Medical and sanitary report on the native army of Bombay for the year
Year: 1877
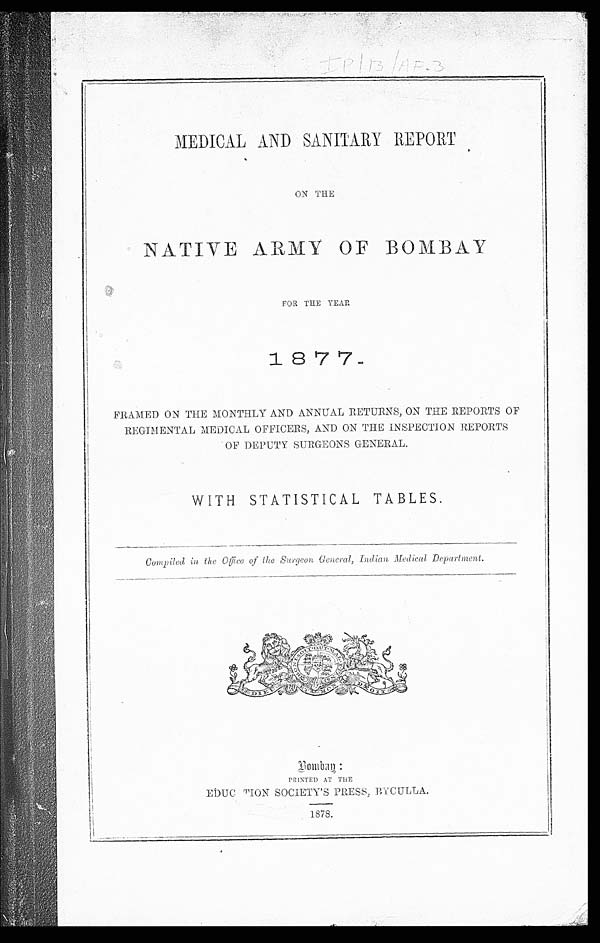
MEDICAL AND SANITARY REPORT
ON THE
NATIVE ARMY OF BOMBAY
FOR THE YEAR
FRAMED ON THE MONTHLY AND ANNUAL RETURNS, ON THE REPORTS OF
REGIMENTAL MEDICAL OFFICERS, AND ON THE INSPECTION REPORTS
OF DEPUTY SURGEONS GENERAL.
WITH STATISTICAL TABLES.
Compiled in the Office of the Surgeon General, Indian Medical Department.
PRINTED AT THE
EDUCATION SOCIETY'S PRESS, BYCULLA.
1878.